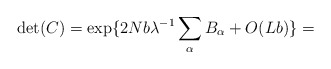
\begin{align*}\det(C)= \exp \{2Nb \lambda^{-1} \sum_{\alpha}B_{\alpha}+O(Lb) \}= \end{align*}